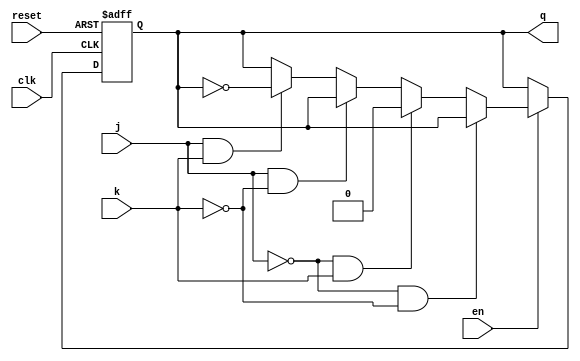
`timescale 1ns / 1ps

// Abdul Basit | 041-18-0014
// This program is for JK_Flip_Flop
module T_FF(q,clk,j,k,reset,en);
input clk, j,k, reset, en;
output reg q;

// reset is asynchronous
always@(posedge clk, posedge reset)
begin
    if (reset)
        q <= 1'b0;
    
    else if(en == 0)
        q <= q;
        
    else if(j == 0 && k == 0)
        q <= q;
        
    else if(j == 0 && k == 1)
        q <= 0;
                
    else if(j == 1 && k == 0)
        q <= q;
                                              
    else if(j == 1 && k == 1)
        q <= ~q;
    
    else
        q <= q;
end

endmodule